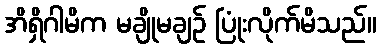
အိရှိဂါမိက မချိုမချဉ် ပြုံးလိုက်မိသည်။